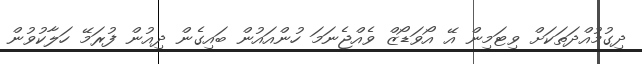
ދިގުމުއްދަތަކަށް ވިޓަމިން އޭ އޯވަޑޯޒް ވެއްޖެނަމަ ހުންއައުން ބައިގެން ދިއުން ފުރަމޭ ހަލާކުވުން